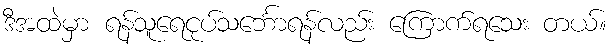
ဒီအထဲမှာ ရန်သူရေငုပ်သင်္ဘောရန်လည်း ကြောက်ရသေး တယ်။